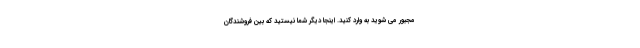
مجبور می شوید به وارد کنید. اینجا دیگر شما نیستید که بین فروشندگان